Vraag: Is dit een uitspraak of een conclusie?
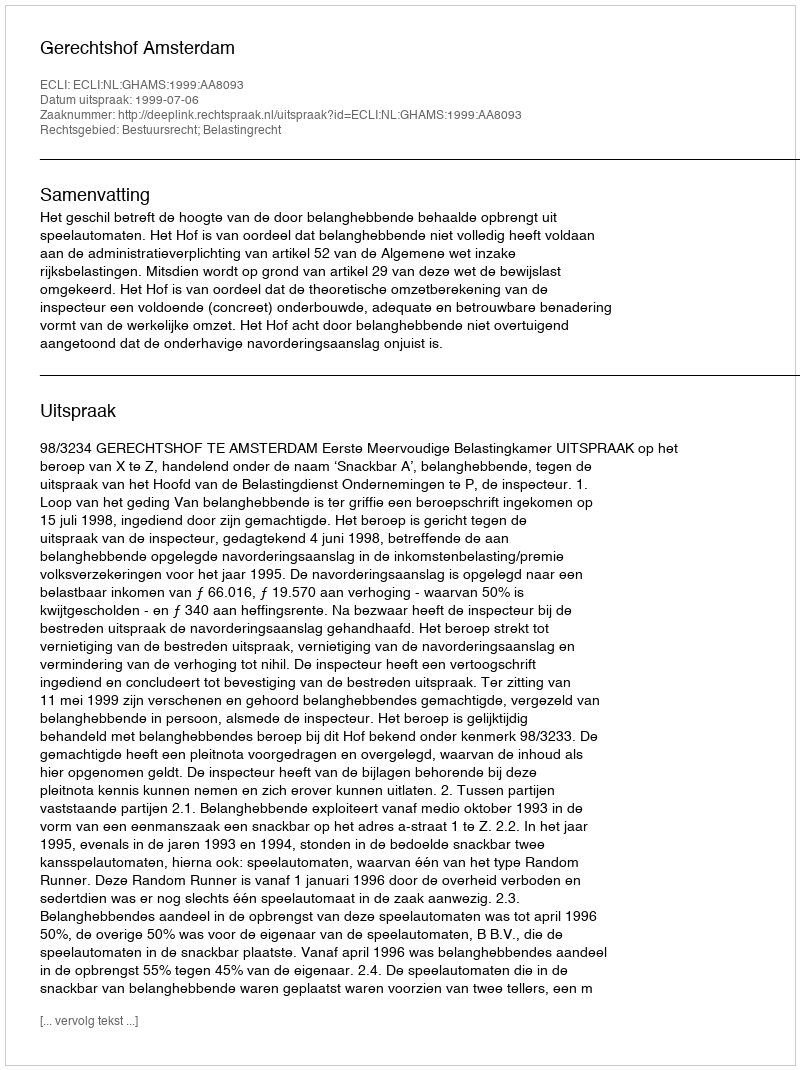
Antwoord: Uitspraak